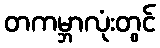
တကမ္ဘာလုံးတွင်